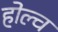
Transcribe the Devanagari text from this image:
होल्च